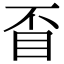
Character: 𥄓